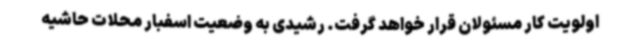
اولویت کار مسئولان قرار خواهد گرفت. رشیدی به وضعیت اسفبار محلات حاشیه